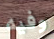
وفيه